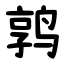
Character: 鹑